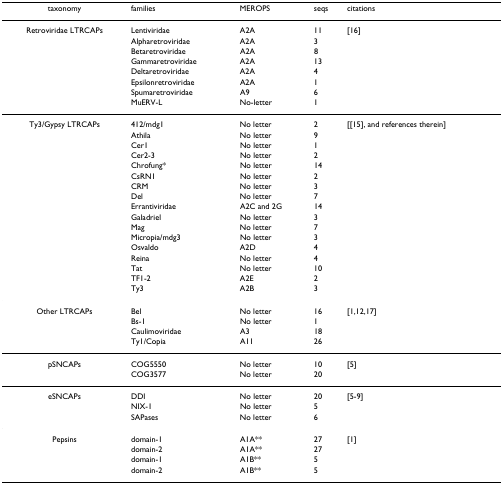
<table><thead><tr><td><b>taxonomy</b></td><td><b>families</b></td><td><b>MEROPS</b></td><td><b>seqs</b></td><td><b>citations</b></td></tr></thead><tbody><tr><td>Retroviridae LTRCAPs</td><td>Lentiviridae</td><td>A2A</td><td>11</td><td>[16]</td></tr><tr><td>[EMPTY_CELL]</td><td>Alpharetroviridae</td><td>A2A</td><td>3</td><td>[EMPTY_CELL]</td></tr><tr><td>[EMPTY_CELL]</td><td>Betaretroviridae</td><td>A2A</td><td>8</td><td>[EMPTY_CELL]</td></tr><tr><td>[EMPTY_CELL]</td><td>Gammaretroviridae</td><td>A2A</td><td>13</td><td>[EMPTY_CELL]</td></tr><tr><td>[EMPTY_CELL]</td><td>Deltaretroviridae</td><td>A2A</td><td>4</td><td>[EMPTY_CELL]</td></tr><tr><td>[EMPTY_CELL]</td><td>Epsilonretroviridae</td><td>A2A</td><td>1</td><td>[EMPTY_CELL]</td></tr><tr><td>[EMPTY_CELL]</td><td>Spumaretroviridae</td><td>A9</td><td>6</td><td>[EMPTY_CELL]</td></tr><tr><td>[EMPTY_CELL]</td><td>MuERV-L</td><td>No-letter</td><td>1</td><td>[EMPTY_CELL]</td></tr><tr><td>Ty3/Gypsy LTRCAPs</td><td>412/mdg1</td><td>No letter</td><td>2</td><td>[[15], and references therein]</td></tr><tr><td>[EMPTY_CELL]</td><td>Athila</td><td>No letter</td><td>9</td><td>[EMPTY_CELL]</td></tr><tr><td>[EMPTY_CELL]</td><td>Cer1</td><td>No letter</td><td>1</td><td>[EMPTY_CELL]</td></tr><tr><td>[EMPTY_CELL]</td><td>Cer2-3</td><td>No letter</td><td>2</td><td>[EMPTY_CELL]</td></tr><tr><td>[EMPTY_CELL]</td><td>Chrofung*</td><td>No letter</td><td>14</td><td>[EMPTY_CELL]</td></tr><tr><td>[EMPTY_CELL]</td><td>CsRN1</td><td>No letter</td><td>2</td><td>[EMPTY_CELL]</td></tr><tr><td>[EMPTY_CELL]</td><td>CRM</td><td>No letter</td><td>3</td><td>[EMPTY_CELL]</td></tr><tr><td>[EMPTY_CELL]</td><td>Del</td><td>No letter</td><td>7</td><td>[EMPTY_CELL]</td></tr><tr><td>[EMPTY_CELL]</td><td>Errantiviridae</td><td>A2C and 2G</td><td>14</td><td>[EMPTY_CELL]</td></tr><tr><td>[EMPTY_CELL]</td><td>Galadriel</td><td>No letter</td><td>3</td><td>[EMPTY_CELL]</td></tr><tr><td>[EMPTY_CELL]</td><td>Mag</td><td>No letter</td><td>7</td><td>[EMPTY_CELL]</td></tr><tr><td>[EMPTY_CELL]</td><td>Micropia/mdg3</td><td>No letter</td><td>3</td><td>[EMPTY_CELL]</td></tr><tr><td>[EMPTY_CELL]</td><td>Osvaldo</td><td>A2D</td><td>4</td><td>[EMPTY_CELL]</td></tr><tr><td>[EMPTY_CELL]</td><td>Reina</td><td>No letter</td><td>4</td><td>[EMPTY_CELL]</td></tr><tr><td>[EMPTY_CELL]</td><td>Tat</td><td>No letter</td><td>10</td><td>[EMPTY_CELL]</td></tr><tr><td>[EMPTY_CELL]</td><td>TF1-2</td><td>A2E</td><td>2</td><td>[EMPTY_CELL]</td></tr><tr><td>[EMPTY_CELL]</td><td>Ty3</td><td>A2B</td><td>3</td><td>[EMPTY_CELL]</td></tr><tr><td>Other LTRCAPs</td><td>Bel</td><td>No letter</td><td>16</td><td>[1,12,17]</td></tr><tr><td>[EMPTY_CELL]</td><td>Bs-1</td><td>No letter</td><td>1</td><td>[EMPTY_CELL]</td></tr><tr><td>[EMPTY_CELL]</td><td>Caulimoviridae</td><td>A3</td><td>18</td><td>[EMPTY_CELL]</td></tr><tr><td>[EMPTY_CELL]</td><td>Ty1/Copia</td><td>A11</td><td>26</td><td>[EMPTY_CELL]</td></tr><tr><td>pSNCAPs</td><td>COG5550</td><td>No letter</td><td>10</td><td>[5]</td></tr><tr><td>[EMPTY_CELL]</td><td>COG3577</td><td>No letter</td><td>20</td><td>[EMPTY_CELL]</td></tr><tr><td>eSNCAPs</td><td>DDI</td><td>No letter</td><td>20</td><td>[5-9]</td></tr><tr><td>[EMPTY_CELL]</td><td>NIX-1</td><td>No letter</td><td>5</td><td>[EMPTY_CELL]</td></tr><tr><td>[EMPTY_CELL]</td><td>SAPases</td><td>No letter</td><td>6</td><td>[EMPTY_CELL]</td></tr><tr><td>Pepsins</td><td>domain-1</td><td>A1A**</td><td>27</td><td>[1]</td></tr><tr><td>[EMPTY_CELL]</td><td>domain-2</td><td>A1A**</td><td>27</td><td>[EMPTY_CELL]</td></tr><tr><td>[EMPTY_CELL]</td><td>domain-1</td><td>A1B**</td><td>5</td><td>[EMPTY_CELL]</td></tr><tr><td>[EMPTY_CELL]</td><td>domain-2</td><td>A1B**</td><td>5</td><td>[EMPTY_CELL]</td></tr></tbody></table>